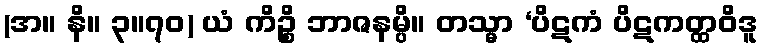
(အ။ နိ။ ၃။၇၀) ယံ ကိဉ္စိ ဘာဇနမ္ပိ။ တသ္မာ ‘ပိဋကံ ပိဋကတ္ထဝိဒူ